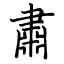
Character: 肅